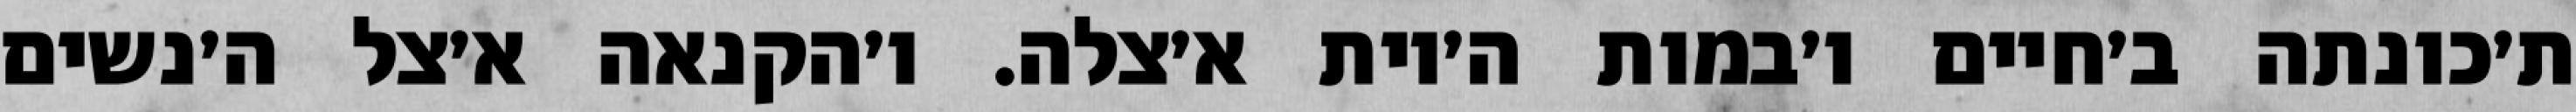
ת׳כונתה ב׳חיים ו׳במות ה׳יות א׳צלה. ו׳הקנאה א׳צל ה׳נשים